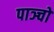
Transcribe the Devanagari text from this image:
पाञ्चों